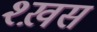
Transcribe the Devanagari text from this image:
श्ख़स